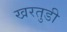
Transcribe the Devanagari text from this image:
खरतुडी